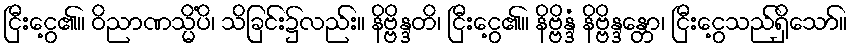
ငြီးငွေ့၏။ ဝိညာဏသ္မိံပိ၊ သိခြင်း၌လည်း။ နိဗ္ဗိန္ဒတိ၊ ငြီးငွေ့၏။ နိဗ္ဗိန္ဒံ နိဗ္ဗိန္ဒန္တော၊ ငြီးငွေ့သည်ရှိသော်။